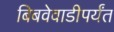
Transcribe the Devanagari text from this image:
बिबवेवाडीपर्यंत